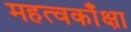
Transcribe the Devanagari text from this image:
महत्वकाँक्षा